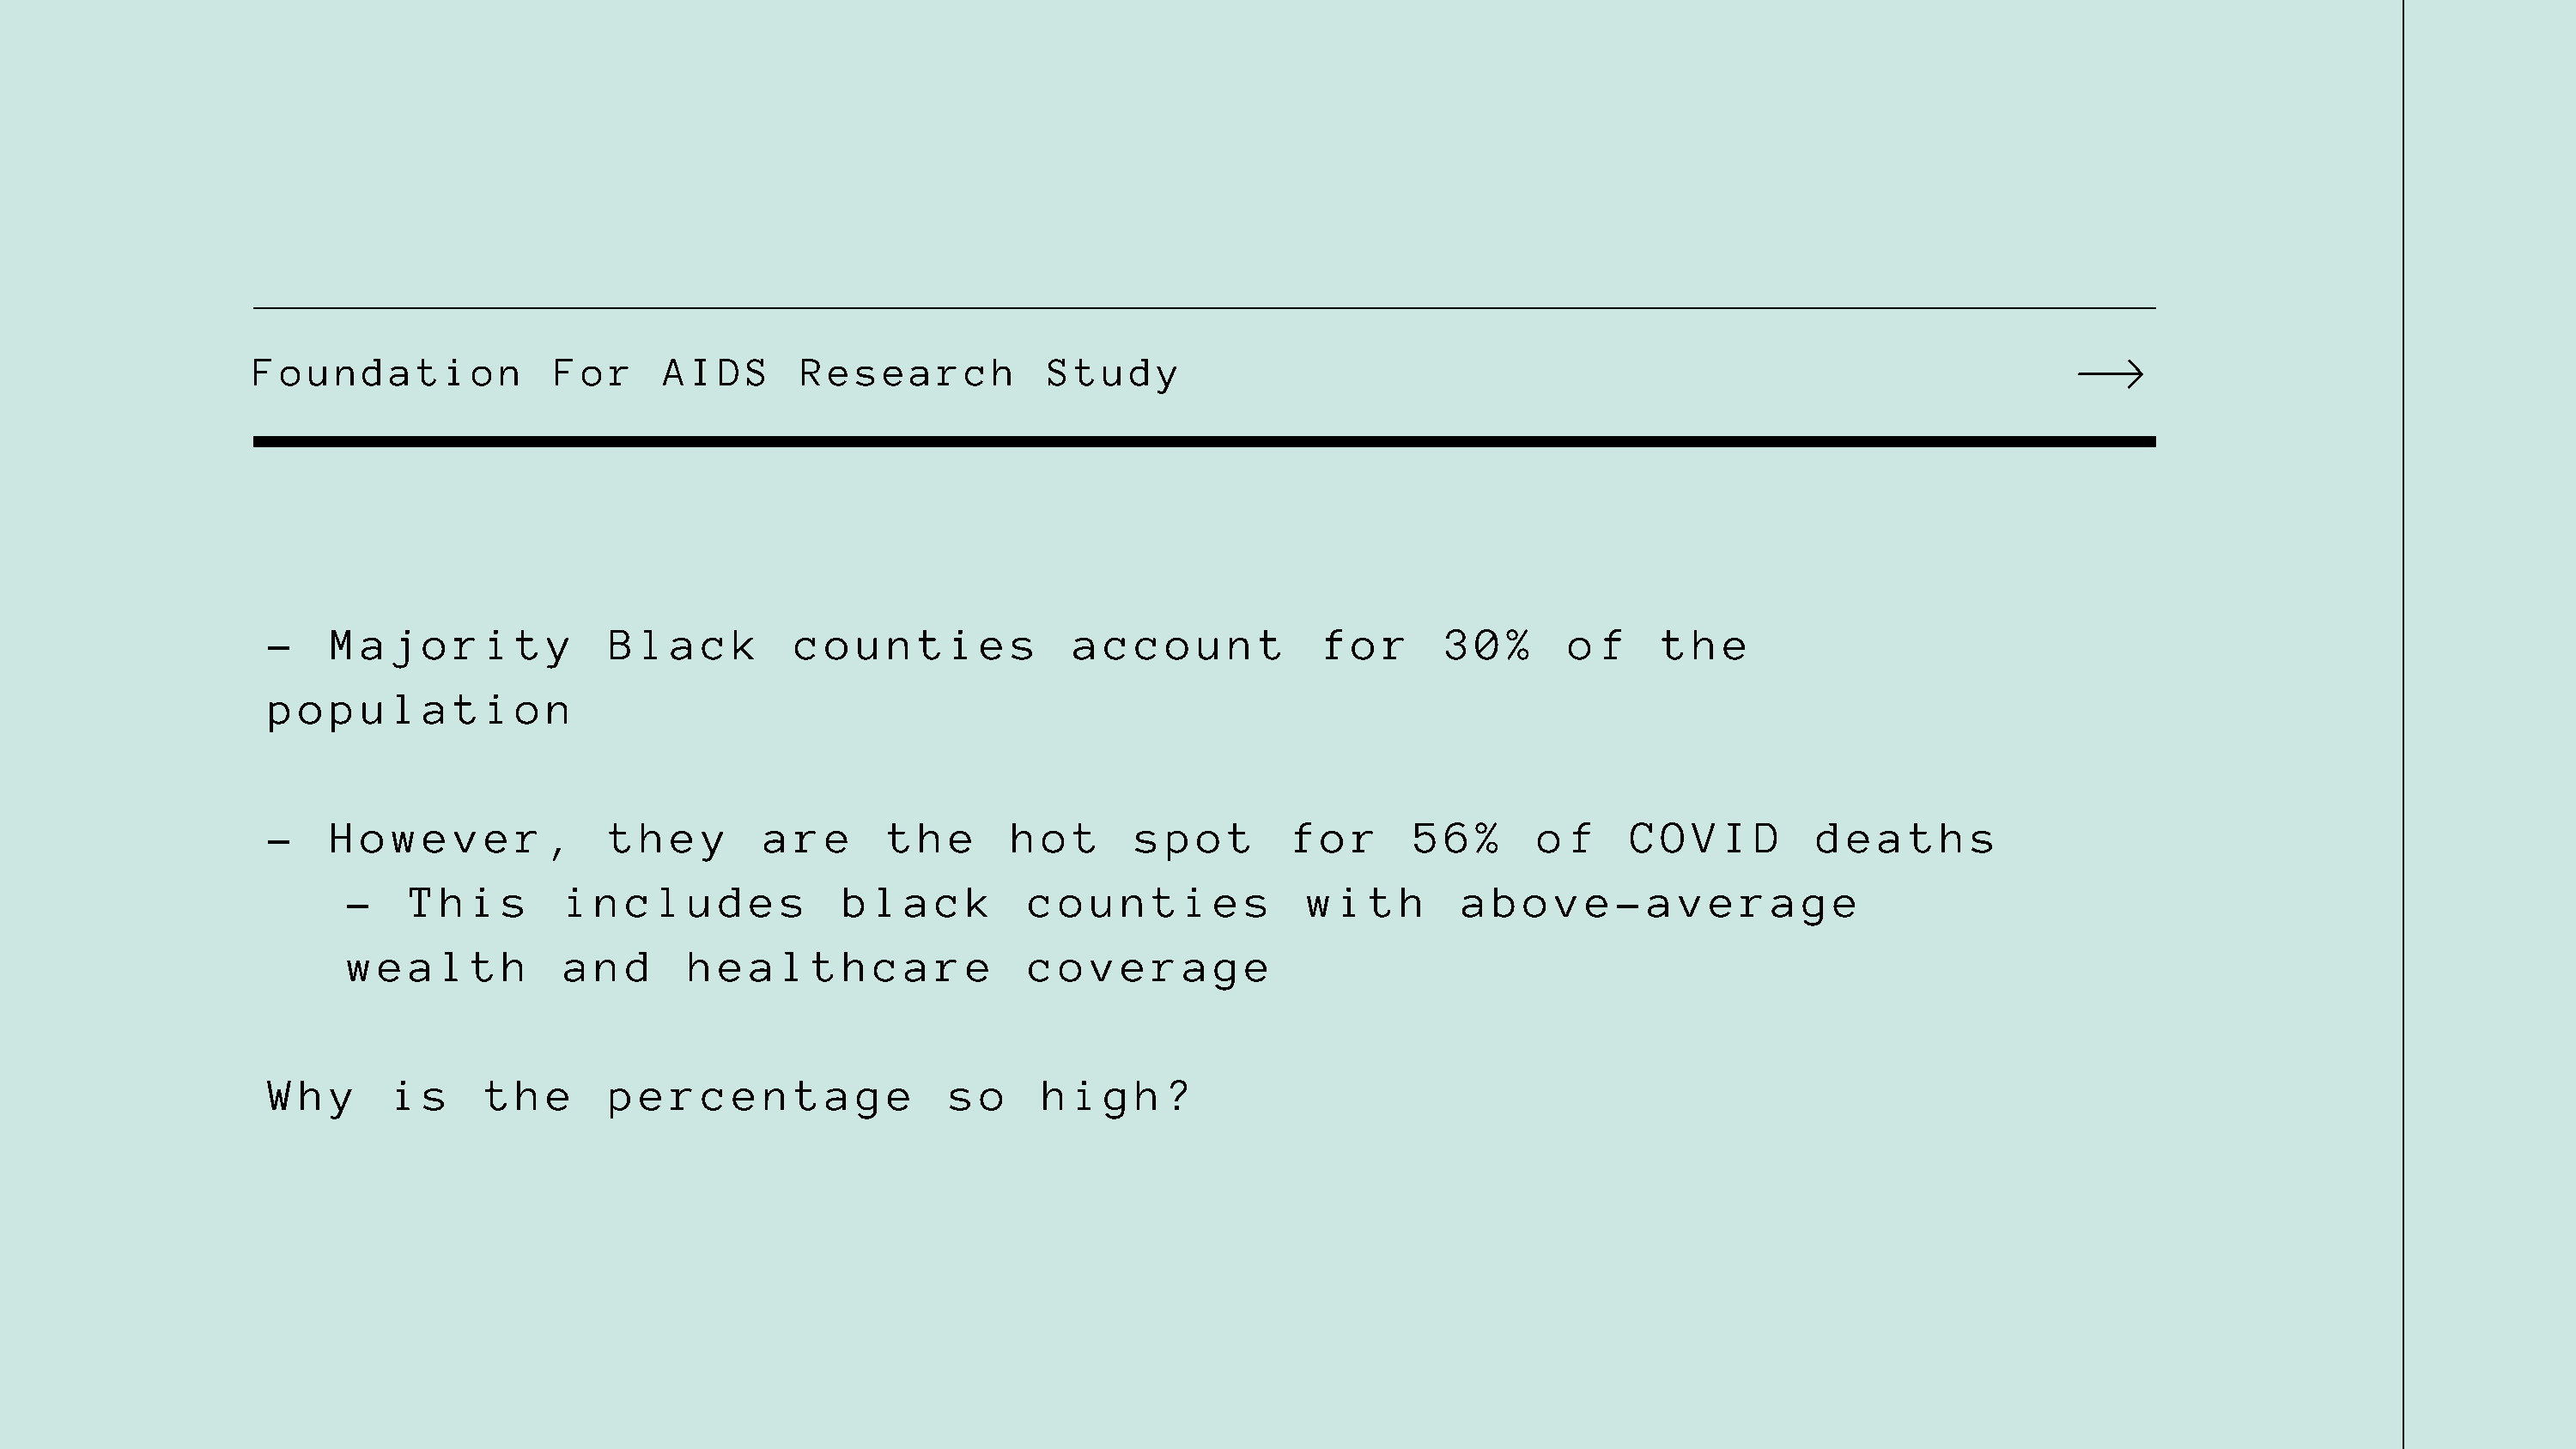
Foundation             For     AIDS       Research           Study
 -   M  a j  o r i  t y    B l  a c  k   c  o u n  t i  e s    a c  c o u  n t    f o  r   3  0 %    o f    t  h e
 p o p  u l  a t i  o n
 -   H  o w  e v e  r ,    t h  e y    a r  e   t  h e    h o  t    s p o  t   f  o r    5 6  %    o f    C O  V I D    d e  a t  h s
 -    T h i  s    i n c  l u d  e s    b l  a c  k   c  o u n  t i  e s    w i  t h    a b  o v e  - a v  e r  a g e
 w e  a l t  h    a n d    h e  a l  t h c  a r  e   c  o v e  r a  g e
 W h y    i  s   t  h e    p e  r c  e n t  a g e    s  o   h  i g  h ?